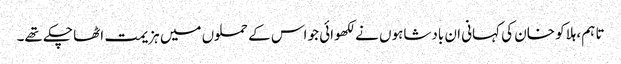
تا ہم، ہلاکو خان کی کہانی ان بادشاہوں نے لکھوائی جو اس کے حملوں میں ہزیمت اٹھا چکے تھے۔